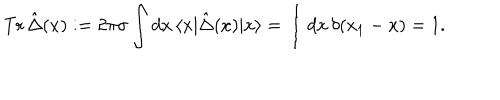
LaTeX: \mathrm { T r } \, \hat { \Delta } ( x ) : = 2 \pi \sigma \int d x \, \langle x | \hat { \Delta } ( x ) | x \rangle = \int d x \, \delta ( x _ { 1 } - x ) = 1 .